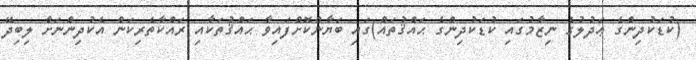
(ކުޑަކުދިންގެ ޢަދުލުގެ ނިޒާމުގައި ކުޑަކުދިންގެ ޙައްޤުތައް)ގައި ބަޔާންކޮށްފައިވާ ޙައްޤުތަކާއި ރައްކާތެރިކަން އެކުދިންނަށް ލިބިދޭ